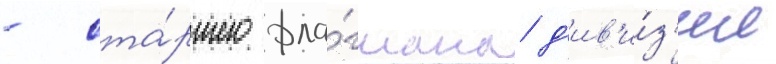
- ста́ршего фла́гмана д'ив'и́з'ии